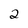
Character: 2